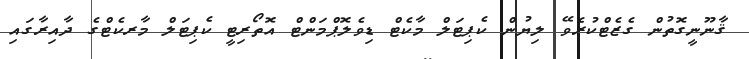
ޤާނޫނީގޮތުން ގެޒެޓްކުރެވޭ ލިޔުން ކެޕިޓަލް މާކެޓް ޑިވެލޮޕްމަންޓް އޮތޯރިޓީ ކެޕިޓަލް މާރކެޓްގެ ދާއިރާގައި